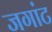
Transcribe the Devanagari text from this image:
जगांट